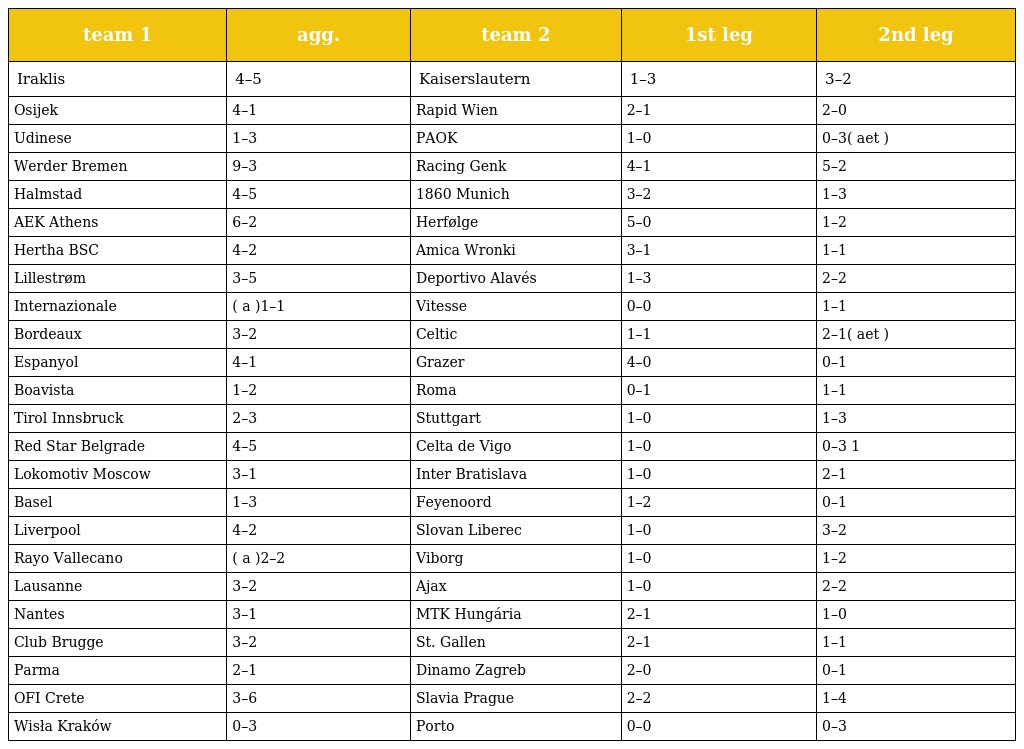
| team 1 | agg. | team 2 | 1st leg | 2nd leg |
 | --- | --- | --- | --- | --- |
 | Iraklis | 4–5 | Kaiserslautern | 1–3 | 3–2 |
 | Osijek | 4–1 | Rapid Wien | 2–1 | 2–0 |
 | Udinese | 1–3 | PAOK | 1–0 | 0–3( aet ) |
 | Werder Bremen | 9–3 | Racing Genk | 4–1 | 5–2 |
 | Halmstad | 4–5 | 1860 Munich | 3–2 | 1–3 |
 | AEK Athens | 6–2 | Herfølge | 5–0 | 1–2 |
 | Hertha BSC | 4–2 | Amica Wronki | 3–1 | 1–1 |
 | Lillestrøm | 3–5 | Deportivo Alavés | 1–3 | 2–2 |
 | Internazionale | ( a )1–1 | Vitesse | 0–0 | 1–1 |
 | Bordeaux | 3–2 | Celtic | 1–1 | 2–1( aet ) |
 | Espanyol | 4–1 | Grazer | 4–0 | 0–1 |
 | Boavista | 1–2 | Roma | 0–1 | 1–1 |
 | Tirol Innsbruck | 2–3 | Stuttgart | 1–0 | 1–3 |
 | Red Star Belgrade | 4–5 | Celta de Vigo | 1–0 | 0–3 1 |
 | Lokomotiv Moscow | 3–1 | Inter Bratislava | 1–0 | 2–1 |
 | Basel | 1–3 | Feyenoord | 1–2 | 0–1 |
 | Liverpool | 4–2 | Slovan Liberec | 1–0 | 3–2 |
 | Rayo Vallecano | ( a )2–2 | Viborg | 1–0 | 1–2 |
 | Lausanne | 3–2 | Ajax | 1–0 | 2–2 |
 | Nantes | 3–1 | MTK Hungária | 2–1 | 1–0 |
 | Club Brugge | 3–2 | St. Gallen | 2–1 | 1–1 |
 | Parma | 2–1 | Dinamo Zagreb | 2–0 | 0–1 |
 | OFI Crete | 3–6 | Slavia Prague | 2–2 | 1–4 |
 | Wisła Kraków | 0–3 | Porto | 0–0 | 0–3 |